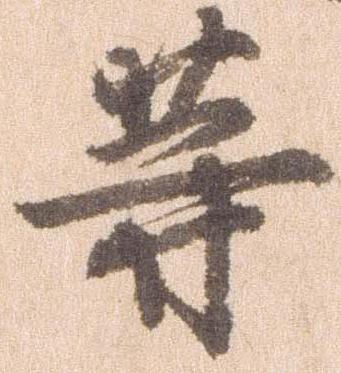
等